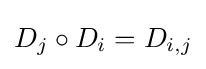
D_{j}\circ D_{i}=D_{i,j}